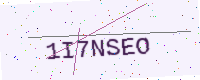
Text: 1I7NSEO